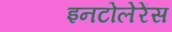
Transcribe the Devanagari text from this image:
इनटोलेरेंस